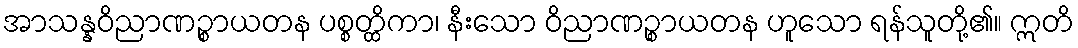
အာသန္နဝိညာဏဉ္စာယတန ပစ္စတ္ထိကာ၊ နီးသော ဝိညာဏဉ္စာယတန ဟူသော ရန်သူတို့၏။ ဣတိ